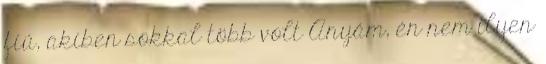
fiú, akiben sokkal több volt Anyám, én nem ilyen